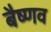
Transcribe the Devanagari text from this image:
बैष्णव